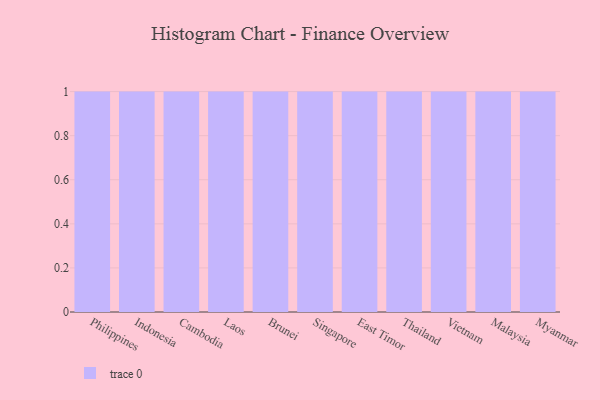
{"axis": {"x": "Country", "y": "Production Output"}, "legend": [""], "data": [{"x": "Philippines", "y": 32, "type": ""}, {"x": "Indonesia", "y": 15, "type": ""}, {"x": "Cambodia", "y": 49, "type": ""}, {"x": "Laos", "y": 54, "type": ""}, {"x": "Brunei", "y": 30, "type": ""}, {"x": "Singapore", "y": 26, "type": ""}, {"x": "East Timor", "y": 66, "type": ""}, {"x": "Thailand", "y": 43, "type": ""}, {"x": "Vietnam", "y": 40, "type": ""}, {"x": "Malaysia", "y": 15, "type": ""}, {"x": "Myanmar", "y": 64, "type": ""}]}